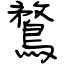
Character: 鶩